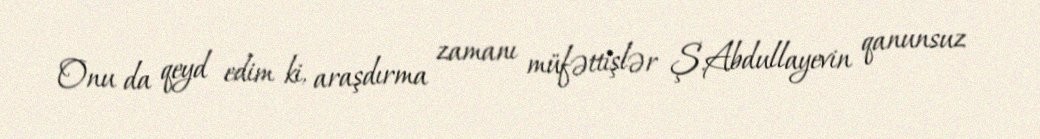
Onu da qeyd edim ki, araşdırma zamanı müfəttişlər Ş.Abdullayevin qanunsuz